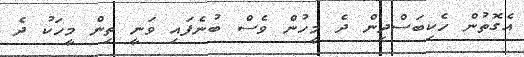
އެގޮތުން ހެކިބަސްދިން ދެ މީހުން ވެސް ބުނެފައި ވަނީ ތިން މީހަކު ދެ